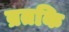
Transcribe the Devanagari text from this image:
ब्रतकि